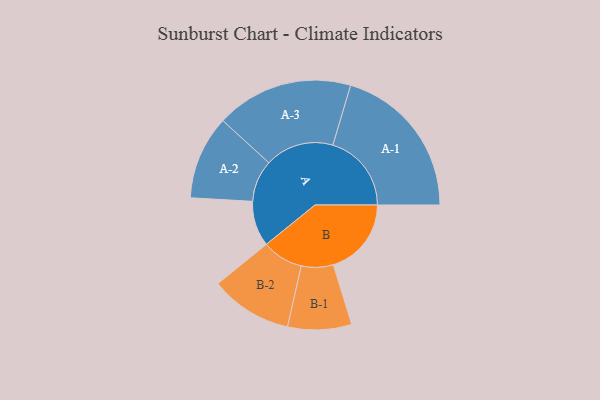
{"axis": {"x": "Segment", "y": "Value"}, "legend": ["", "A", "B"], "data": [{"x": "A", "y": 159, "type": ""}, {"x": "B", "y": 274, "type": ""}, {"x": "A-1", "y": 276, "type": "A"}, {"x": "A-2", "y": 147, "type": "A"}, {"x": "A-3", "y": 241, "type": "A"}, {"x": "B-1", "y": 112, "type": "B"}, {"x": "B-2", "y": 144, "type": "B"}]}